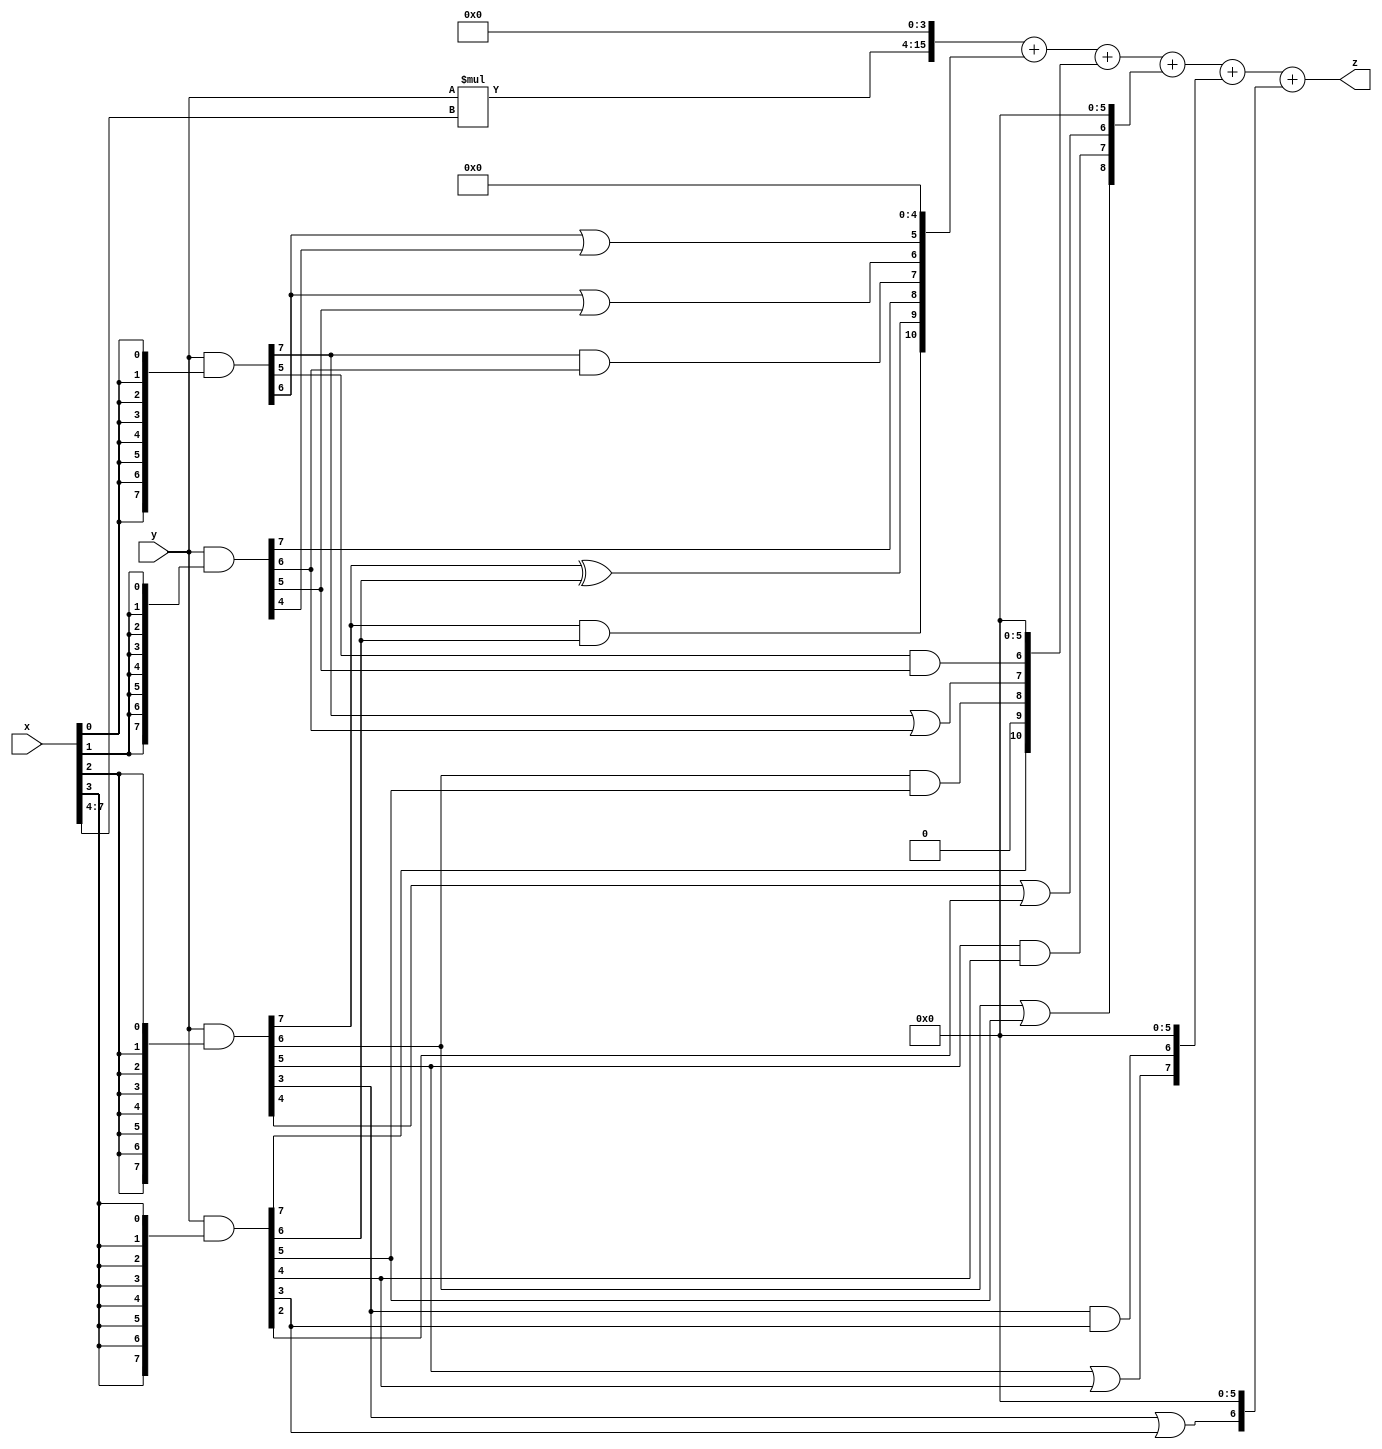
// terms: 16
// fval:  9074.25

module unsigned_exchange_8x8_l4_lamb500_8 (
	input [7:0] x,
	input [7:0] y,
	output [15:0] z
);

wire [7:0] part1 =  y & {8{x[0]}};
wire [7:0] part2 =  y & {8{x[1]}};
wire [7:0] part3 =  y & {8{x[2]}};
wire [7:0] part4 =  y & {8{x[3]}};
wire [7:0] part5 =  y & {8{x[4]}};
wire [7:0] part6 =  y & {8{x[5]}};
wire [7:0] part7 =  y & {8{x[6]}};
wire [7:0] part8 =  y & {8{x[7]}};

wire [10:0] new_part1;
assign new_part1[0] = 0;
assign new_part1[1] = 0;
assign new_part1[2] = 0;
assign new_part1[3] = 0;
assign new_part1[4] = 0;
assign new_part1[5] = part1[6] | part2[4];
assign new_part1[6] = part1[6] | part2[5];
assign new_part1[7] = part1[7] & part2[6];
assign new_part1[8] = part2[7];
assign new_part1[9] = part3[7] ^ part4[6];
assign new_part1[10] = part3[7] & part4[6];

wire [10:0] new_part2;
assign new_part2[0] = 0;
assign new_part2[1] = 0;
assign new_part2[2] = 0;
assign new_part2[3] = 0;
assign new_part2[4] = 0;
assign new_part2[5] = 0;
assign new_part2[6] = part1[5] & part2[5];
assign new_part2[7] = part1[7] | part2[6];
assign new_part2[8] = part3[6] & part4[5];
assign new_part2[9] = 0;
assign new_part2[10] = part4[7];

wire [8:0] new_part3;
assign new_part3[0] = 0;
assign new_part3[1] = 0;
assign new_part3[2] = 0;
assign new_part3[3] = 0;
assign new_part3[4] = 0;
assign new_part3[5] = 0;
assign new_part3[6] = part3[4] | part4[2];
assign new_part3[7] = part3[5] & part4[4];
assign new_part3[8] = part3[6] | part4[5];

wire [7:0] new_part4;
assign new_part4[0] = 0;
assign new_part4[1] = 0;
assign new_part4[2] = 0;
assign new_part4[3] = 0;
assign new_part4[4] = 0;
assign new_part4[5] = 0;
assign new_part4[6] = part3[3] & part4[3];
assign new_part4[7] = part3[5] | part4[4];

wire [6:0] new_part5;
assign new_part5[0] = 0;
assign new_part5[1] = 0;
assign new_part5[2] = 0;
assign new_part5[3] = 0;
assign new_part5[4] = 0;
assign new_part5[5] = 0;
assign new_part5[6] = part3[3] | part4[3];

wire [11:0] tmp_z = y*x[7:4];

assign z = {tmp_z, 4'd 0} + new_part1 + new_part2 + new_part3 + new_part4 + new_part5;

endmodule